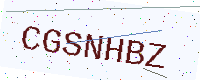
Text: CGSNHBZ